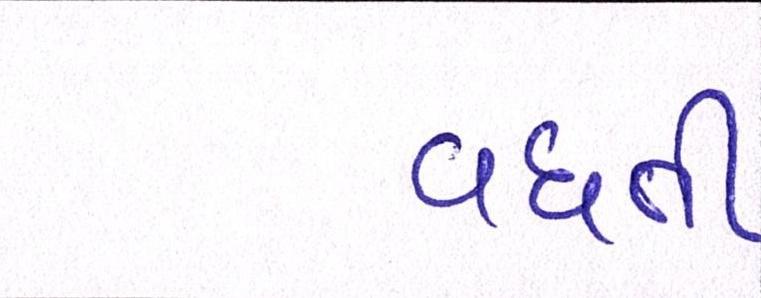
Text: વધતી